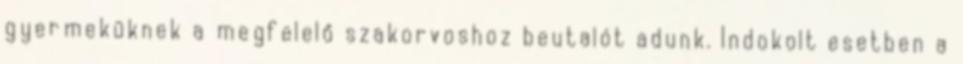
gyermeküknek a megfelelő szakorvoshoz beutalót adunk. Indokolt esetben a